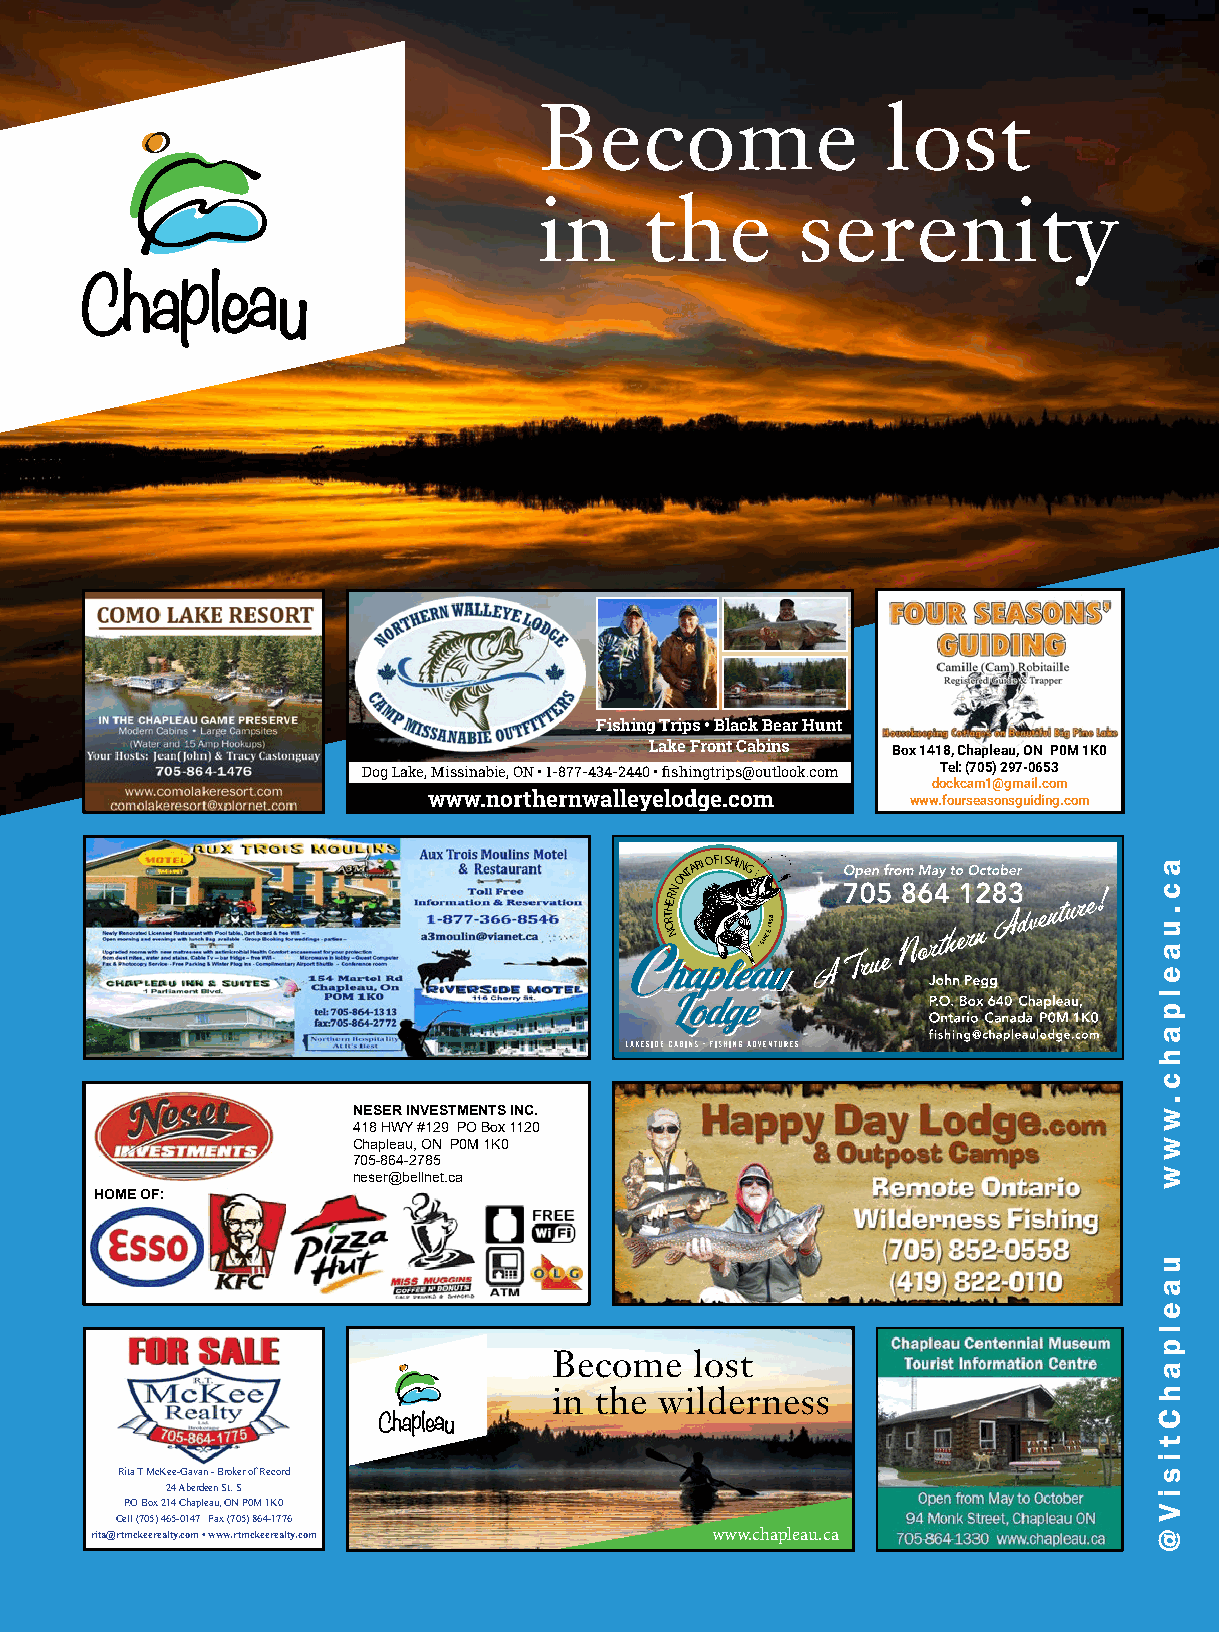
Become                 lost
 in     the       serenity
 Fishing Trips • Black Bear Hunt
 Lake Front Cabins Box 1418, Chapleau, ON P0M 1K0
 Dog Lake, Missinabie, ON • 1-877-434-2440 • fishingtrips@outlook.com Tel: (705) 297-0653
 dockcam1@gmail.com
 www.northernwalleyelodge.com    www.fourseasonsguiding.com
 ONTARIOFISHING
 N
 R
 HE
 T RO
 N     •SINCE
 195•8
 NESER INVESTMENTS INC.
 418 HWY #129 PO Box 1120
 Chapleau, ON P0M 1K0
 705-864-2785
 neser@bellnet.ca
 HOME OF:
 Become   lost
 in the wilderness
 Rita T McKee-Gavan - Broker of Record
 24 Aberdeen St. S
 P.O Box 214 Chapleau, ON P0M 1K0
 Cell (705) 465-0147 Fax (705) 864-1776
 rita@rtmckeerealty.com • www.rtmckeerealty.com www.chapleau.ca
 ac.uaelpahc.www
 uaelpahCtisi
 V@